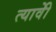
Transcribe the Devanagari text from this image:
त्यावेी